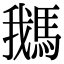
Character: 𩣣